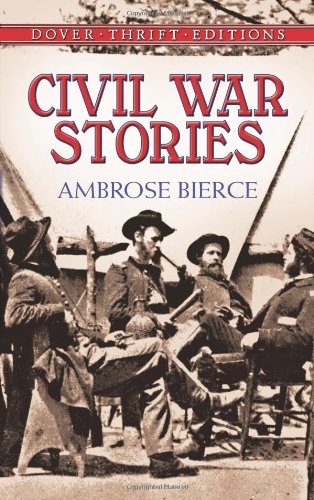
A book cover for Civil War Stories (Dover Thrift Editions); Ambrose Bierce; Literature & Fiction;